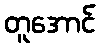
တူအောင်